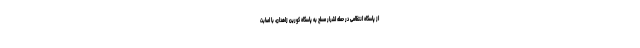
از پاسگاه انتظامی در حمله اشرار مسلح به پاسگاه کورین زاهدان، با اصابت